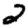
Digit: 2